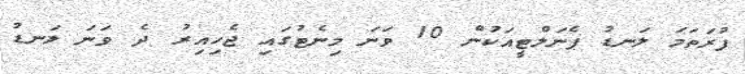
ފުރަތަމަ ލަނޑު ޕެނަލްޓީއަކުން 10 ވަނަ މިނެޓުގައި ޖެހިއިރު ދެ ވަނަ ލަނޑު